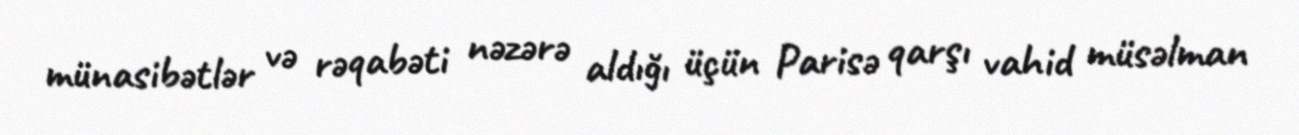
münasibətlər və rəqabəti nəzərə aldığı üçün Parisə qarşı vahid müsəlman